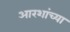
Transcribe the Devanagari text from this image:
आरशांच्या